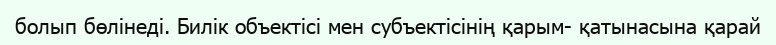
болып бөлінеді. Билік объектісі мен субъектісінің қарым- қатынасына қарай